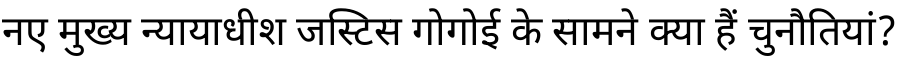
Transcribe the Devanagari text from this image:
नए मुख्य न्यायाधीश जस्टिस गोगोई के सामने क्या हैं चुनौतियां?